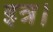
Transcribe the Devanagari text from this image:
इत्र।